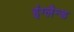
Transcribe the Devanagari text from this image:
इंग्लैन्ड